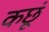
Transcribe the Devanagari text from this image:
कछूं